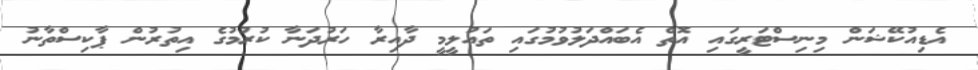
އެޑިއުކޭޝަން މިނިސްޓަރީގައި އޮތް އެބައްދަލުވުމުގައި ތައުލީމީ ދާއިރާ ހަރުދަނާ ކުރުމުގެ އިތުރުން ޕާކިސްތާނު